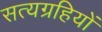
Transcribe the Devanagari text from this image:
सत्यग्रहियों